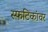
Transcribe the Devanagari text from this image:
स्फटिकांवर